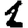
Digit: 1